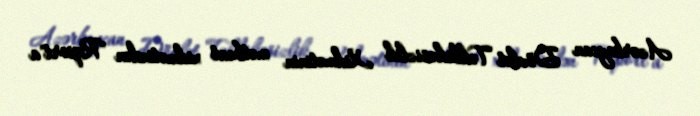
Azərbaycan Dövlət Təhlükəsizlik Xidmətinin mətbuat xidmətindən "Report"a